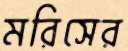
মরিসের